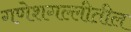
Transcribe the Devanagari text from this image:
गणेशगल्लीतील